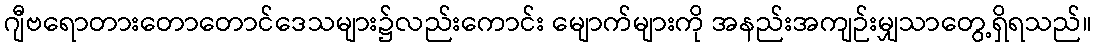
ဂျီဗရောတားတောတောင်ဒေသများ၌လည်းကောင်း မျောက်များကို အနည်းအကျဉ်းမျှသာတွေ့ရှိရသည်။